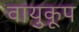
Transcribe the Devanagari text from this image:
वायुकूप